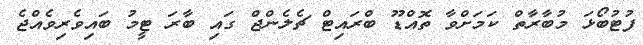
ފުޓުބޯޅަ މުބާރާތް ކަމަށްވާ ތޮއްޑޫ ބްރައިޓް ޗެލެންޖް ގައި ބާރަ ޓީމު ބައިވެރިވެއްޖެ